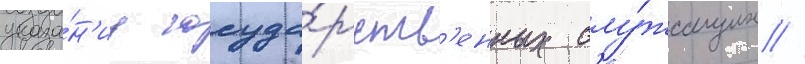
указа́н'иу госуда́рств'енных слу́жащих //